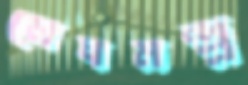
মেঘমন্দ্র্র